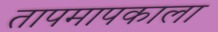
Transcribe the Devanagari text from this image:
तापमापकाला